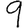
Digit: 9